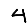
Digit: 4